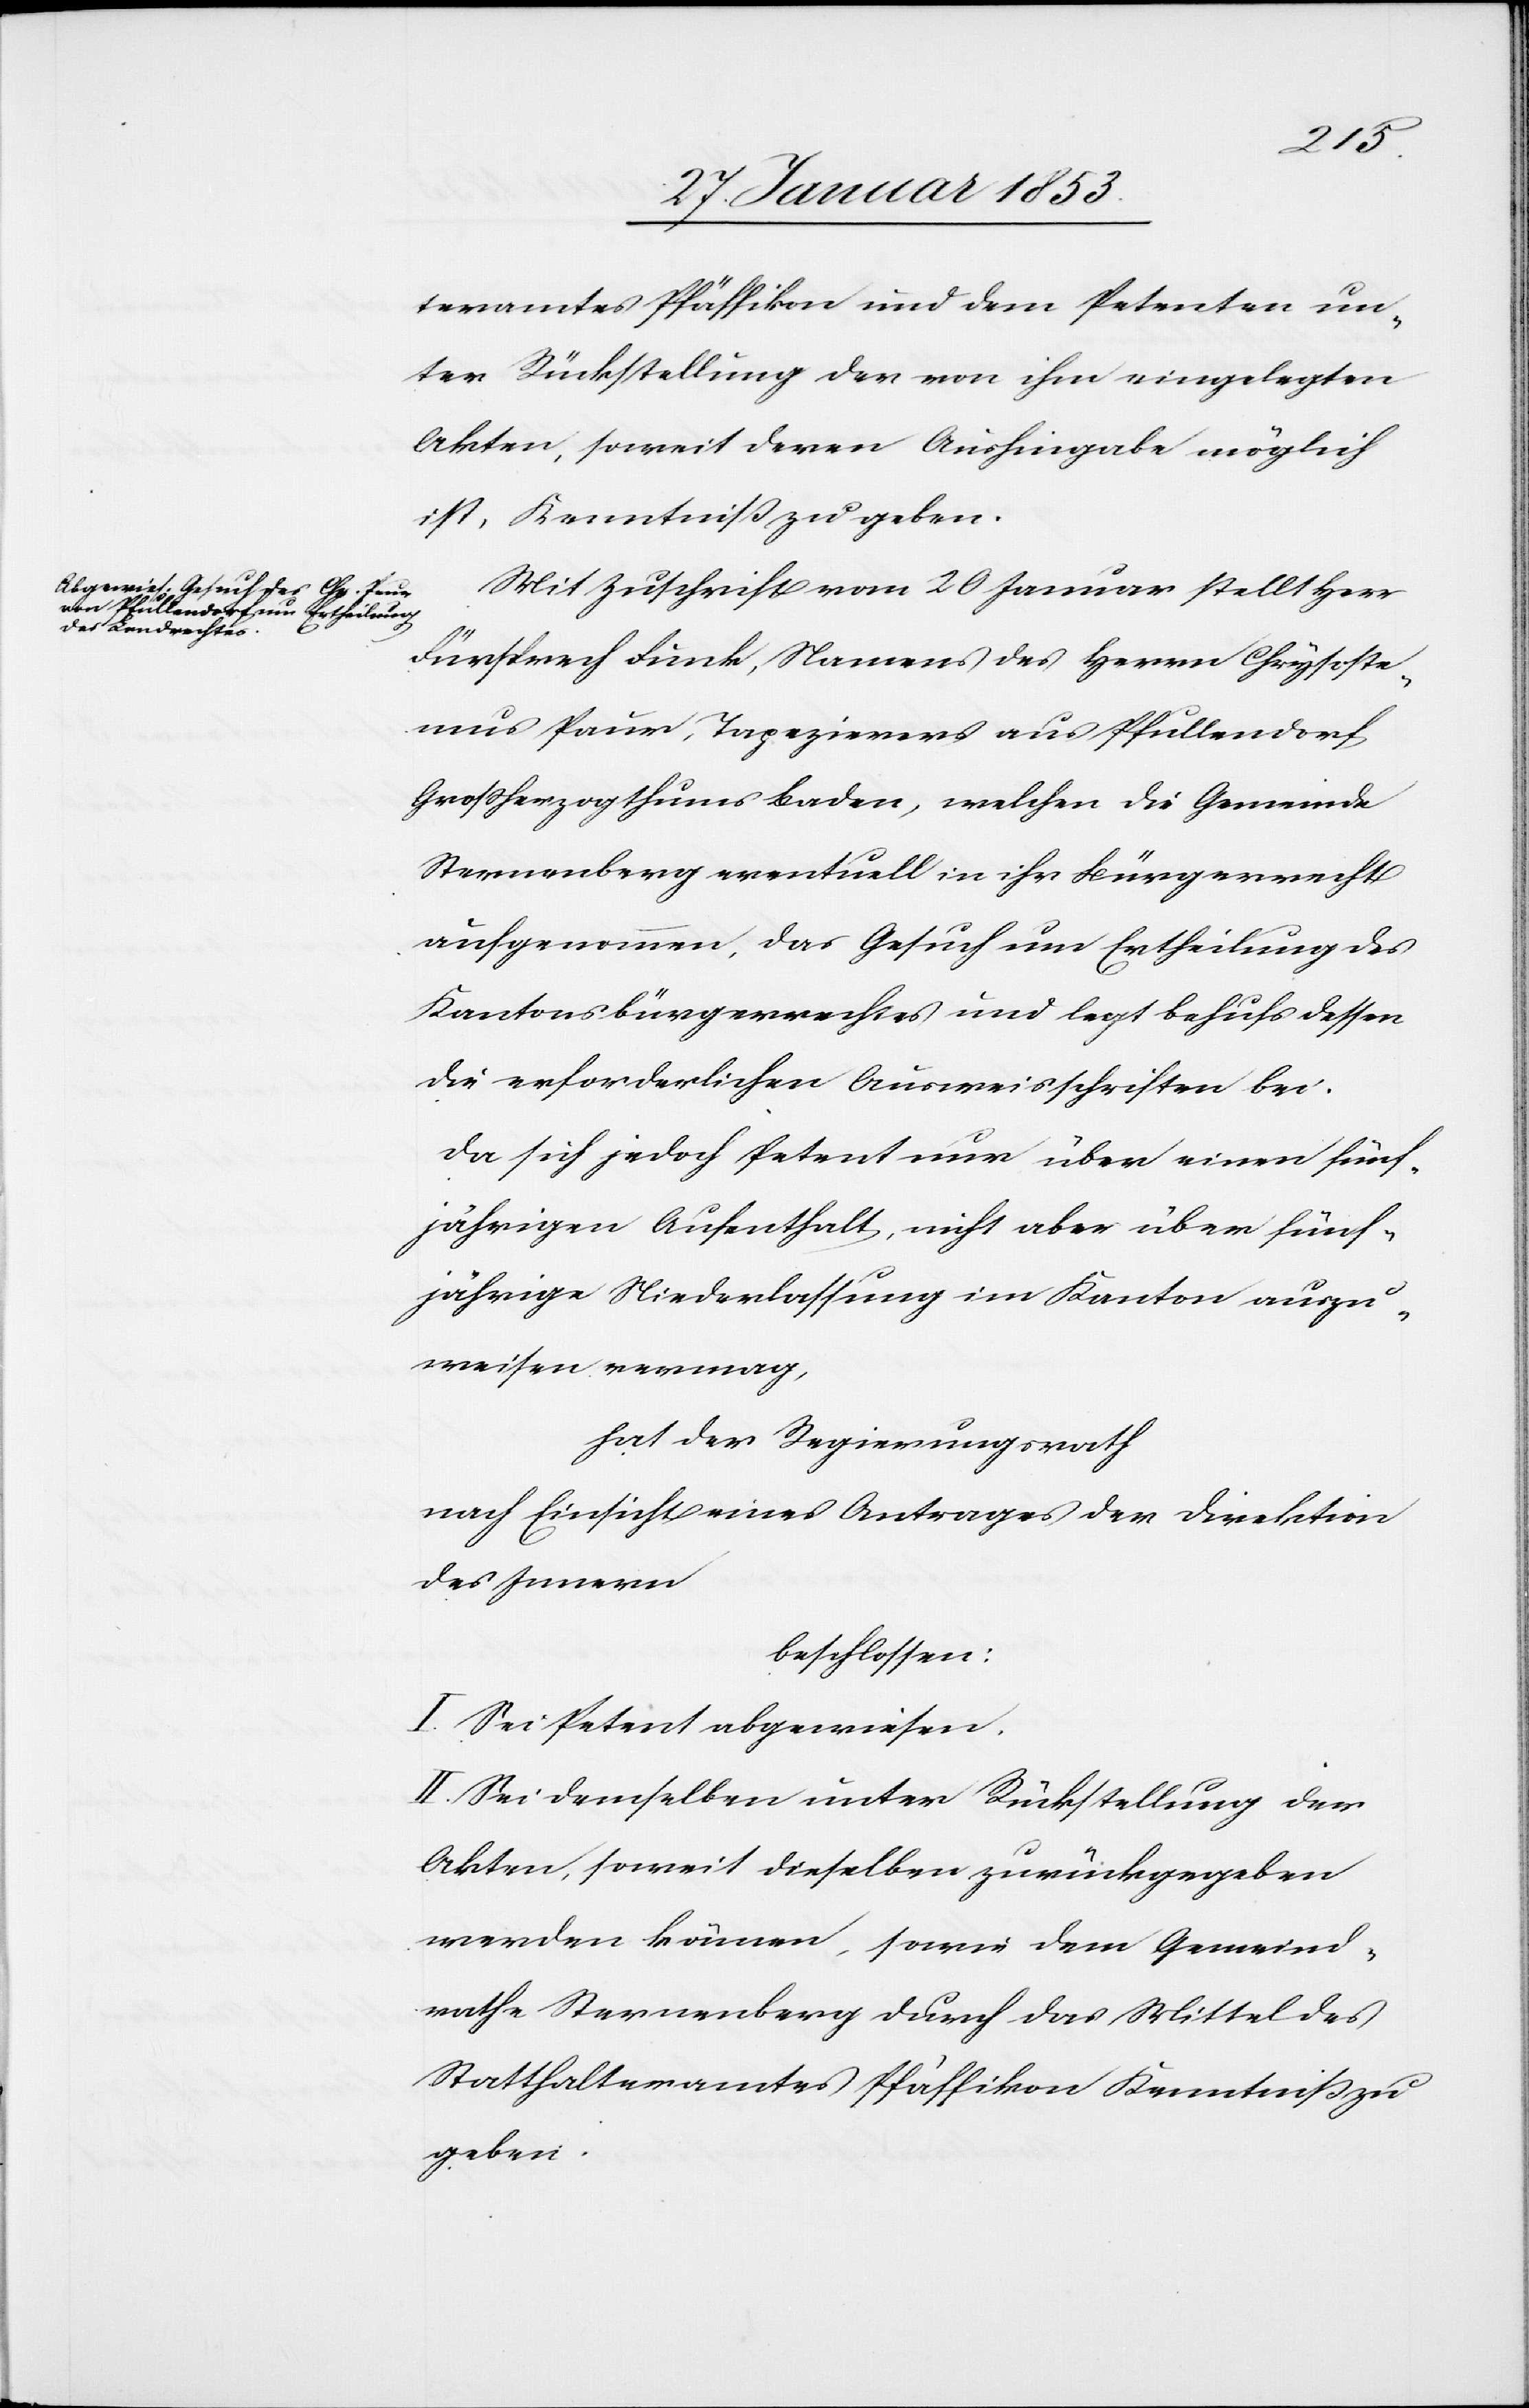
teramtes Pfäffikon und dem Petenten un¬
ter Rückstellung der von ihr eingelegten
Akten, soweit deren Aushingabe möglich
ist, Kenntniß zu geben.
Mit Zuschrift vom 20 Januar stellt Herr
Fürsprech Fink, Namens des Herrn Chrysostemus
Paur, Tapezierers aus Pfullendorf
Großherzogthum Baden, welchen die Gemeinde
Sternenberg eventuell in ihr Bürgerrecht
aufgenommen, das Gesuch um Ertheilung des
Kantonsbürgerrechtes und legt behufs dessen
die erforderlichen Ausweisschriften bei.
Da sich jedoch Petent nur über einen fünf¬
jährigen Aufenthalt, nicht aber über fünf¬
jährige Niederlassung im Kanton auszu¬
weisen vermag,
hat der Regierungsrath
nach Einsicht eines Antrages der Direktion
des Innern
beschlossen:
I. Sei Petent abgewiesen.
II. Sei demselben unter Rückstellung der
Akten, soweit dieselben zurückgegeben
werden können, sowie dem Gemeind¬
rathe Sternenberg durch das Mittel des
Statthalteramtes Pfäffikon Kenntniß zu
geben.